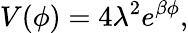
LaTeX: V(\phi)=4\lambda^{2}e^{\beta\phi},